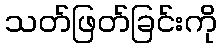
သတ်ဖြတ်ခြင်းကို